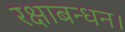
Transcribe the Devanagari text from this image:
रक्षाबन्धन।